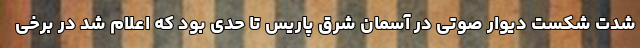
شدت شکست دیوار صوتی در آسمان شرق پاریس تا حدی بود که اعلام شد در برخی